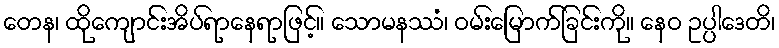
တေန၊ ထိုကျောင်းအိပ်ရာနေရာဖြင့်။ သောမနဿံ၊ ဝမ်းမြောက်ခြင်းကို။ နေဝ ဥပ္ပါဒေတိ၊